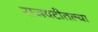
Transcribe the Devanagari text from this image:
राजवटीतल्या